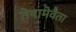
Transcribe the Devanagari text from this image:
तेषामेवैता